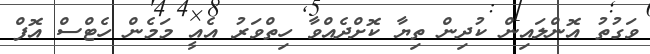
ވަގުތު އޮންލައިން ކުދިން ތިޔާ ކޮށްދެއްވާ ހިތްވަރު އެއީ މަމެން ހެޓްސް އޮފް